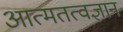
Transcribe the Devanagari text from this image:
आत्मतत्वज्ञान